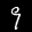
Label: 9